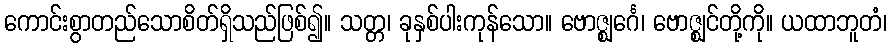
ကောင်းစွာတည်သောစိတ်ရှိသည်ဖြစ်၍။ သတ္တ၊ ခုနှစ်ပါးကုန်သော။ ဗောဇ္ဈင်္ဂေ၊ ဗောဇ္ဈင်တို့ကို။ ယထာဘူတံ၊